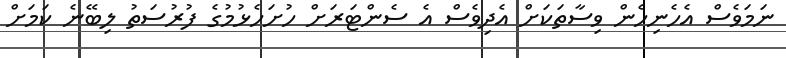
ނަމަވެސް އެހެނިހެން ވިސާތަކަށް އެދިވެސް އެ ސެންޓަރަށް ހުށަހެޅުމުގެ ފުރުސަތު ލިބޭނެ ކަމަށް